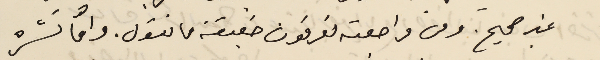
غير صحيح. ومن مراجعته تعرفون حقيقة ما نقول. وامّا نشره